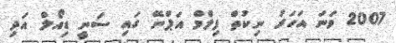
2007 ވަނަ އަހަރު ނިކުތް ފިލްމް އަޕްނޭ ގައި ސަނީ ޑިއޯލް އަދި